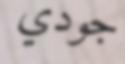
جودي